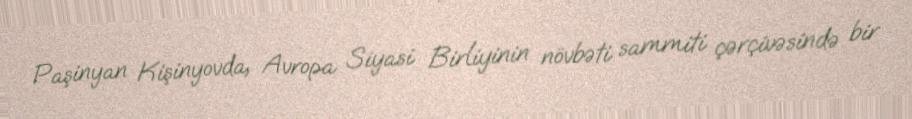
Paşinyan Kişinyovda, Avropa Siyasi Birliyinin növbəti sammiti çərçivəsində bir